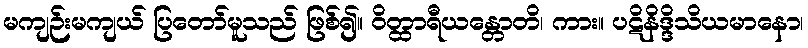
မကျဉ်းမကျယ် ပြတော်မူသည် ဖြစ်၍။ ဝိတ္ထာရီယန္တောတိ၊ ကား။ ပဋိနိဒ္ဒိသိယမာနော၊